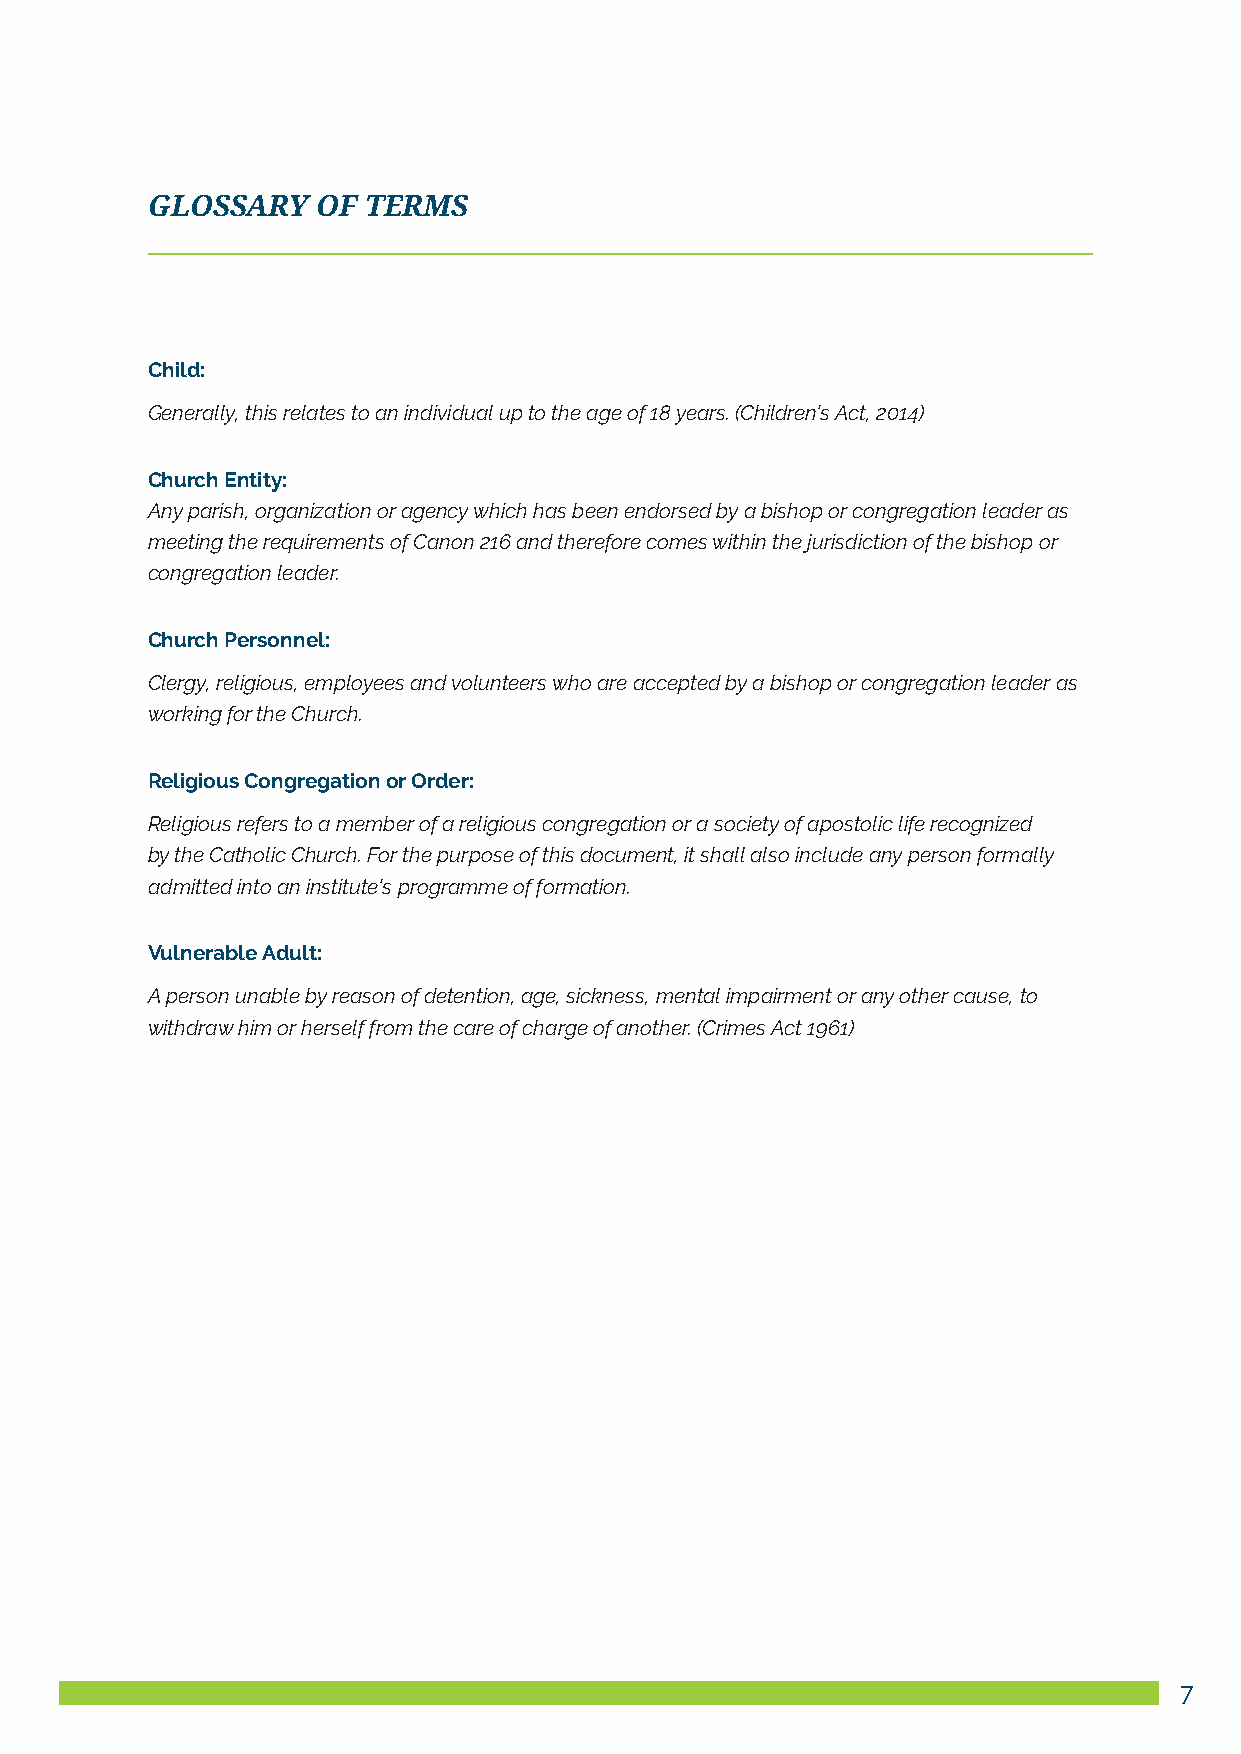
GlOSSARY   OF TERMS
 Child:
 Generally, this relates to an individual up to the age of 18 years. (Children’s Act, 2014)
 Church Entity:
 Any parish, organization or agency which has been endorsed by a bishop or congregation leader as
 meeting the requirements of Canon 216 and therefore comes within the jurisdiction of the bishop or
 congregation leader.
 Church Personnel:
 Clergy, religious, employees and volunteers who are accepted by a bishop or congregation leader as
 working for the Church.
 Religious Congregation or Order:
 Religious refers to a member of a religious congregation or a society of apostolic life recognized
 by the Catholic Church. For the purpose of this document, it shall also include any person formally
 admitted into an institute’s programme of formation.
 Vulnerable Adult:
 A person unable by reason of detention, age, sickness, mental impairment or any other cause, to
 withdraw him or herself from the care of charge of another. (Crimes Act 1961)
 7